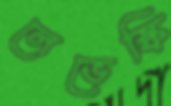
লেভেস্কি